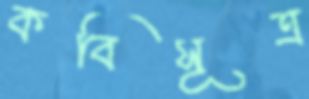
কবিসূত্র